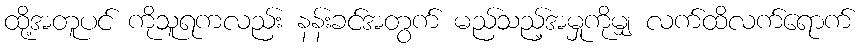
ထို့အတူပင် ကိုသူရကလည်း နန်းခင်အတွက် မည်သည့်အမှုကိုမျှ လက်ထိလက်ရောက်